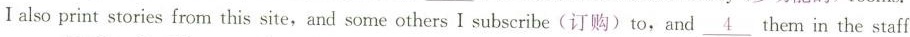
Ⅰalso print stories from this site,and some others I subscribe(订购)to,and\underline{4}them in the staff